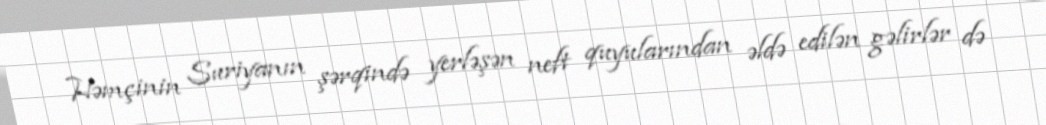
Həmçinin Suriyanın şərqində yerləşən neft quyularından əldə edilən gəlirlər də